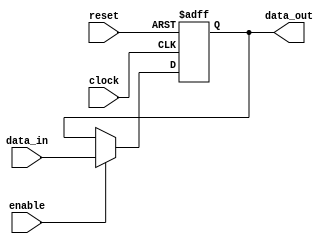
module synchronous_register (
    input wire clock,        // Clock signal
    input wire reset,        // Asynchronous reset signal
    input wire enable,       // Enable signal to allow state update
    input wire [7:0] data_in, // 8-bit input data
    output reg [7:0] data_out // 8-bit output data
);

// Sequential logic block triggered on clock edges
always @(posedge clock or posedge reset) begin
    if (reset) begin
        // Asynchronous reset: set output to zero
        data_out <= 8'b0;
    end else if (enable) begin
        // Update state on rising edge of clock if enable is high
        data_out <= data_in;
    end
    // If enable is low, retain the previous state
end

endmodule